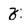
Character: z